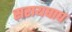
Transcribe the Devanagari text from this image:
सरायघाघ